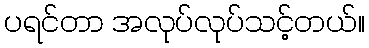
ပရင်တာ အလုပ်လုပ်သင့်တယ်။